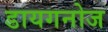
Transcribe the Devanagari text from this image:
डायगनोज